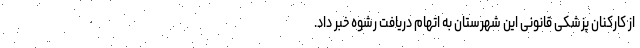
از کارکنان پزشکی قانونی این شهرستان به اتهام دریافت رشوه خبر داد.